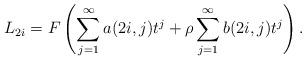
LaTeX: \begin{align*}L_{2i}=F\left(\sum_{j=1}^\infty a(2i,j)t^j+ \rho \sum_{j=1}^\infty b(2i,j)t^j \right). \end{align*}